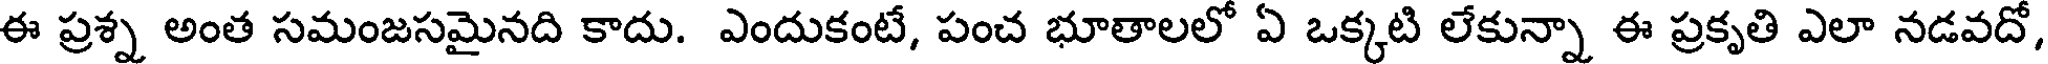
ఈ ప్రశ్న అంత సమంజసమైనది కాదు. ఎందుకంటే, పంచ భూతాలలో ఏ ఒక్కటి లేకున్నా ఈ ప్రకృతి ఎలా నడవదో